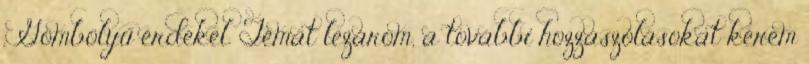
. Gömbölyű érdekel. Témát lezárom, a további hozzászólásokat kérem